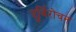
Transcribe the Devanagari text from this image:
दुर्विरोचन